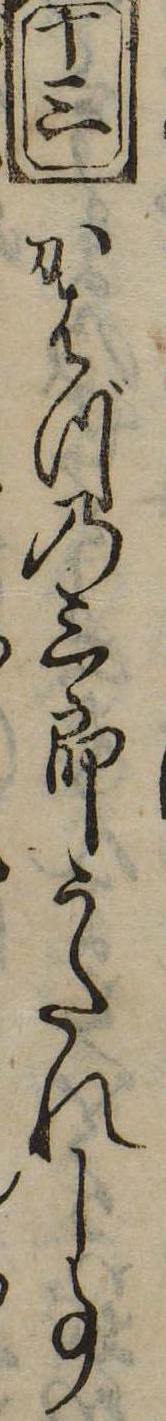
十三かはづの三郎うたれし事